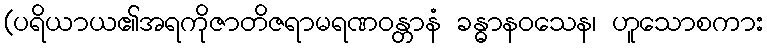
(ပရိယာယ၏အရကိုဇာတိဇရာမရဏဝန္တာနံ ခန္ဓာနဝသေန၊ ဟူသောစကား